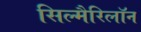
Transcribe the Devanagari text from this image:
सिल्मैरिलॉन